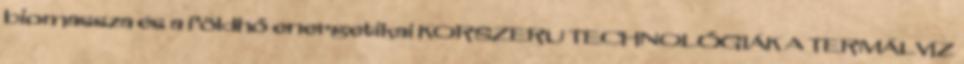
biomassza és a földhő energetikai KORSZERU TECHNOLÓGIÁK A TERMÁLVÍZ